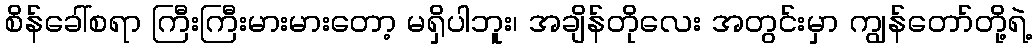
စိန်ခေါ်စရာ ကြီးကြီးမားမားတော့ မရှိပါဘူး၊ အချိန်တိုလေး အတွင်းမှာ ကျွန်တော်တို့ရဲ့